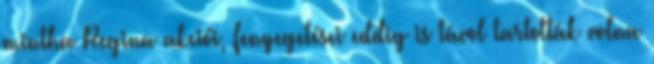
mintha Regina akciói, fenyegetései eddig is távol tartották volna